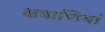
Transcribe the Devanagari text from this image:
क्षत्राणियां